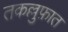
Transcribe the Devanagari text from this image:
तकल्लुफ़ात